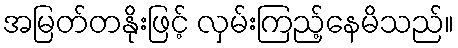
အမြတ်တနိုးဖြင့် လှမ်းကြည့်နေမိသည်။